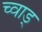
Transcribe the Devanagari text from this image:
च्वाड्